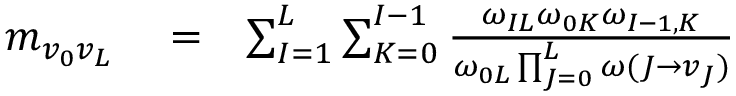
\begin{array} { r l r } { m _ { v _ { 0 } v _ { L } } } & { { } = } & { \sum _ { I = 1 } ^ { L } \sum _ { K = 0 } ^ { I - 1 } \frac { \omega _ { I L } \omega _ { 0 K } \omega _ { I - 1 , K } } { \omega _ { 0 L } \prod _ { J = 0 } ^ { L } \omega ( J \to v _ { J } ) } } \end{array}